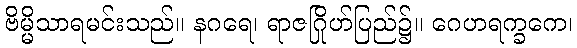
ဗိမ္မိသာရမင်းသည်။ နဂရေ၊ ရာဇဂြိုဟ်ပြည်၌။ ဂေဟရက္ခကေ၊